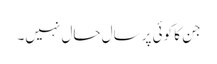
جن کا کوئی پرسال حال نہیں۔